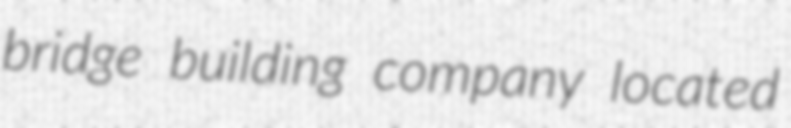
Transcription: bridge building company located